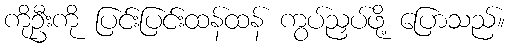
ကိုဦးကို ပြင်းပြင်းထန်ထန် ကွပ်ညှပ်ဖို့ ပြောသည်။